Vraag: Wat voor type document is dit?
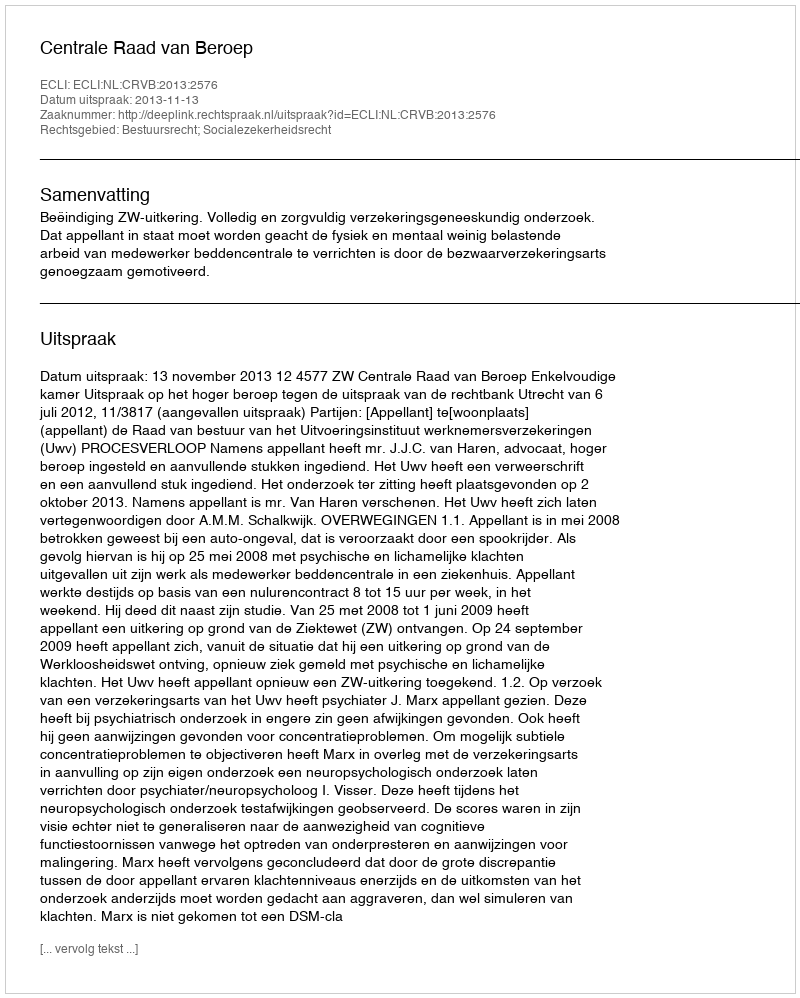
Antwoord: Uitspraak